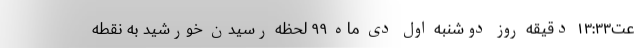
عت۱۳:۳۳ دقیقه روز دوشنبه اول دی ماه ۹۹ لحظه رسیدن خورشید به نقطه